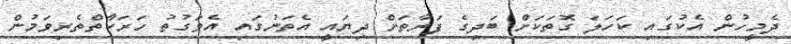
ދެމީހުން އެކުގައި ކަހަލަ ގޮތަކަށް ބަދިގެ ފަރާތަށް ދިޔައީ އެތަނުގައި އެވަގުތު ހަރަކާތްތެރިވަމުން